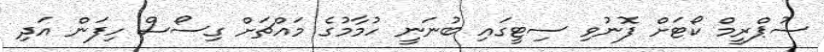
ސުޕްރީމް ކޯޓަށް ފޮނުވި ސިޓީގައި ބުނަނީ ހުމާމުގެ މައްޗަށް ގިސޯސް ހިފަން އަދި